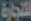
للتجارة